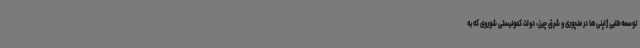
توسعه‌طلبی ژاپنی‌ها در منچوری و شرق چین، دولت کمونیستی شوروی که به